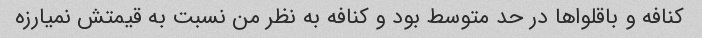
کنافه و باقلواها در حد متوسط بود و کنافه به نظر من نسبت به قیمتش نمیارزه